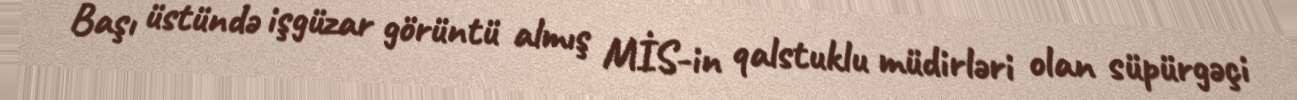
Başı üstündə işgüzar görüntü almış MİS-in qalstuklu müdirləri olan süpürgəçi